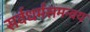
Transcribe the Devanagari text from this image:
सर्वधर्मसमन्वय